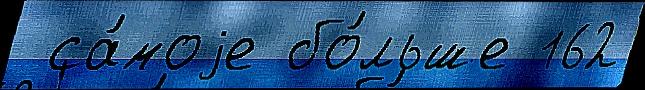
 са́моjе бо́льше 162